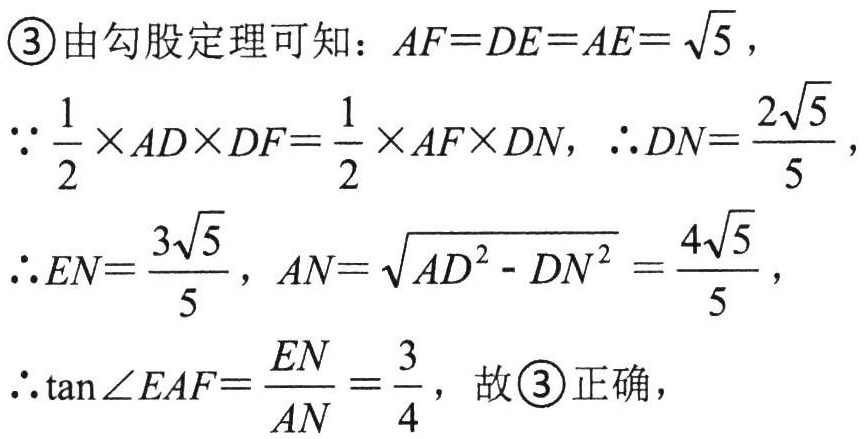
\textcircled{3}由勾股定理可知：\(AF = DE = AE=\sqrt{5}\)，
\(\because\frac{1}{2}\times AD\times DF=\frac{1}{2}\times AF\times DN\)，\(\therefore DN = \frac{2\sqrt{5}}{5}\)，
\(\therefore EN=\frac{3\sqrt{5}}{5}\)，\(AN=\sqrt{AD^{2}-DN^{2}}=\frac{4\sqrt{5}}{5}\)，
\(\therefore\tan\angle EAF=\frac{EN}{AN}=\frac{3}{4}\)，故\textcircled{3}正确，